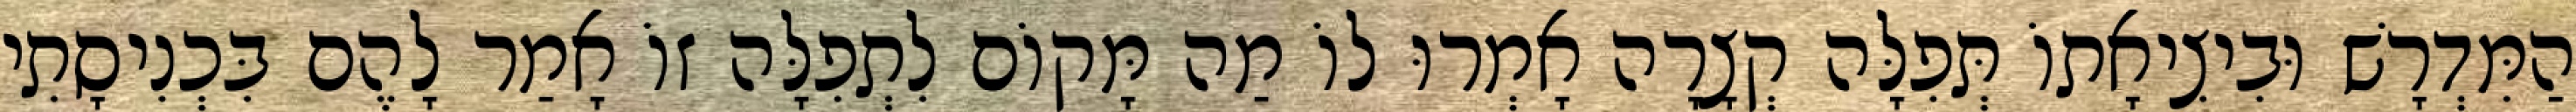
הַמִּדְרָשׁ וּבִיצִיאָתוֹ תְּפִלָּה קְצָרָה אָמְרוּ לוֹ מַה מָּקוֹם לִתְפִלָּה זוֹ אָמַר לָהֶם בִּכְנִיסָתִי